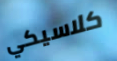
كلاسيكي